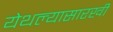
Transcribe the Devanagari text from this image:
येथल्यासारखी